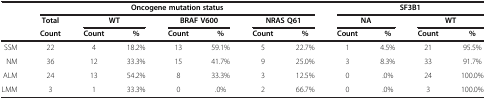
<table><thead><tr><td rowspan="2"><b> </b></td><td colspan="7"><b>Oncogene mutation status</b></td><td colspan="4"><b>SF3B1</b></td></tr><tr><td><b>Total</b></td><td colspan="2"><b>WT</b></td><td colspan="2"><b>BRAF V600</b></td><td colspan="2"><b>NRAS Q61</b></td><td colspan="2"><b>NA</b></td><td colspan="2"><b>WT</b></td></tr><tr><td><b> </b></td><td><b>Count</b></td><td><b>Count</b></td><td><b>%</b></td><td><b>Count</b></td><td><b>%</b></td><td><b>Count</b></td><td><b>%</b></td><td><b>Count</b></td><td><b>%</b></td><td><b>Count</b></td><td><b>%</b></td></tr></thead><tbody><tr><td>SSM</td><td>22</td><td>4</td><td>18.2%</td><td>13</td><td>59.1%</td><td>5</td><td>22.7%</td><td>1</td><td>4.5%</td><td>21</td><td>95.5%</td></tr><tr><td>NM</td><td>36</td><td>12</td><td>33.3%</td><td>15</td><td>41.7%</td><td>9</td><td>25.0%</td><td>3</td><td>8.3%</td><td>33</td><td>91.7%</td></tr><tr><td>ALM</td><td>24</td><td>13</td><td>54.2%</td><td>8</td><td>33.3%</td><td>3</td><td>12.5%</td><td>0</td><td>.0%</td><td>24</td><td>100.0%</td></tr><tr><td>LMM</td><td>3</td><td>1</td><td>33.3%</td><td>0</td><td>.0%</td><td>2</td><td>66.7%</td><td>0</td><td>.0%</td><td>3</td><td>100.0%</td></tr></tbody></table>